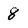
Character: 8